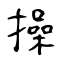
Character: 操